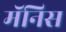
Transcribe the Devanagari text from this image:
मॅनिस